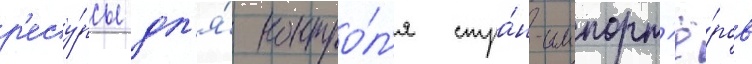
р'есу́рсы дл'я́ контро́л'я стра́н-импорт'ё́ров